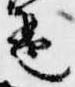
琶